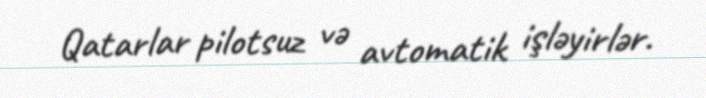
Qatarlar pilotsuz və avtomatik işləyirlər.